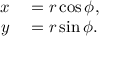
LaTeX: \begin{array} { r l } { x } & { { } = r \cos \phi , } \\ { y } & { { } = r \sin \phi . } \end{array}